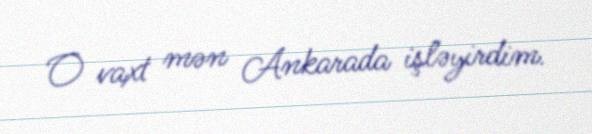
O vaxt mən Ankarada işləyirdim.